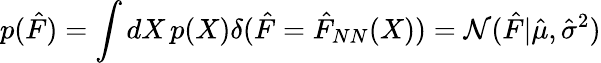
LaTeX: p(\hat{F})=\int dX\, p(X)\delta(\hat{F}=\hat{F}_{NN}(X))=\mathcal{N}(\hat{F}|\hat{\mu},\hat{\sigma}^{2})